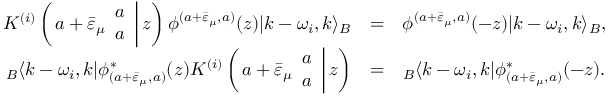
\begin{array} { r c l } { { K ^ { ( i ) } \left( \left. a + \bar { \varepsilon } _ { \mu } \begin{array} { c } { { a } } \\ { { a } } \end{array} \right| z \right) \phi ^ { ( a + \bar { \varepsilon } _ { \mu } , a ) } ( z ) | k - \omega _ { i } , k \rangle _ { B } } } & { { = } } & { { \phi ^ { ( a + \bar { \varepsilon } _ { \mu } , a ) } ( - z ) | k - \omega _ { i } , k \rangle _ { B } , } } \\ { { { } _ { B } \langle k - \omega _ { i } , k | \phi _ { ( a + \bar { \varepsilon } _ { \mu } , a ) } ^ { * } ( z ) K ^ { ( i ) } \left( \left. a + \bar { \varepsilon } _ { \mu } \begin{array} { c } { { a } } \\ { { a } } \end{array} \right| z \right) } } & { { = } } & { { { } _ { B } \langle k - \omega _ { i } , k | \phi _ { ( a + \bar { \varepsilon } _ { \mu } , a ) } ^ { * } ( - z ) . } } \end{array}